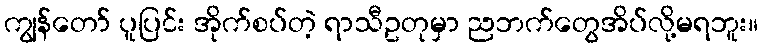
ကျွန်တော် ပူပြင်း အိုက်စပ်တဲ့ ရာသီဥတုမှာ ညဘက်တွေအိပ်လို့မရဘူး။